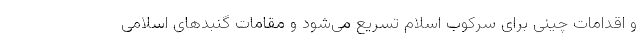
و اقدامات چینی برای سرکوب اسلام تسریع می‌شود و مقامات گنبدهای اسلامی